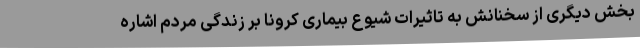
بخش دیگری از سخنانش به تاثیرات شیوع بیماری کرونا بر زندگی مردم اشاره